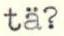
tä?